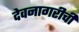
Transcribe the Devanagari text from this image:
देवनागरीची